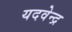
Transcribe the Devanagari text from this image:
यदवेन्द्र